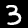
Label: 3